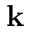
{ \bf k }